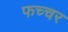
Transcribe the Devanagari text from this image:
फच्चर